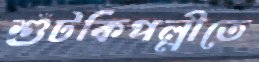
শুঁটকিপল্লীতে